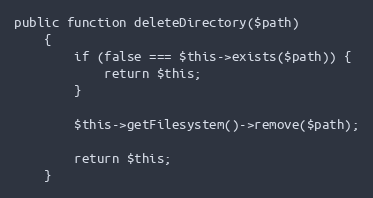
Language: PHP
public function deleteDirectory($path)
    {
        if (false === $this->exists($path)) {
            return $this;
        }

        $this->getFilesystem()->remove($path);

        return $this;
    }